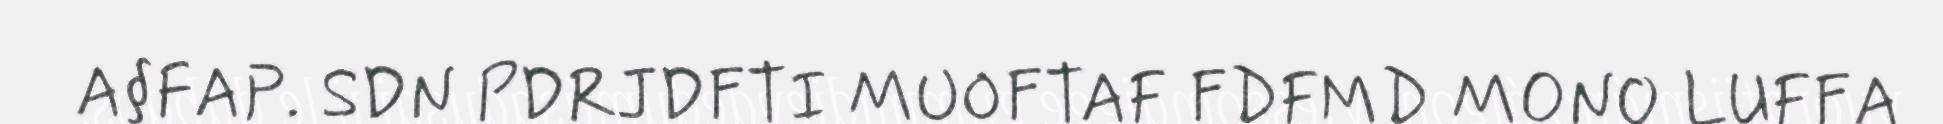
A§FAP. SDN PDRJDFTI MUOFTAF FDFMD MONO LUFFA